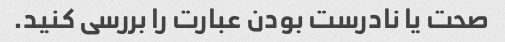
صحت یا نادرست بودن عبارت را بررسی کنید.